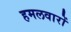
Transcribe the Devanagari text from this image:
हमलवारों